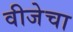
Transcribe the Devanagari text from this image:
वीजेचा